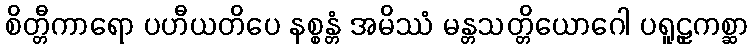
စိတ္တီကာရော ပဟီယတိပေ နစ္စန္တံ အမိဿံ မန္တသတ္တိယောဂေါ ပရူဠှကစ္ဆာ